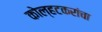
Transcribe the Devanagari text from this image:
कोल्हटकरांचा